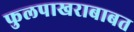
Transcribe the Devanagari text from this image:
फुलपाखराबाबत